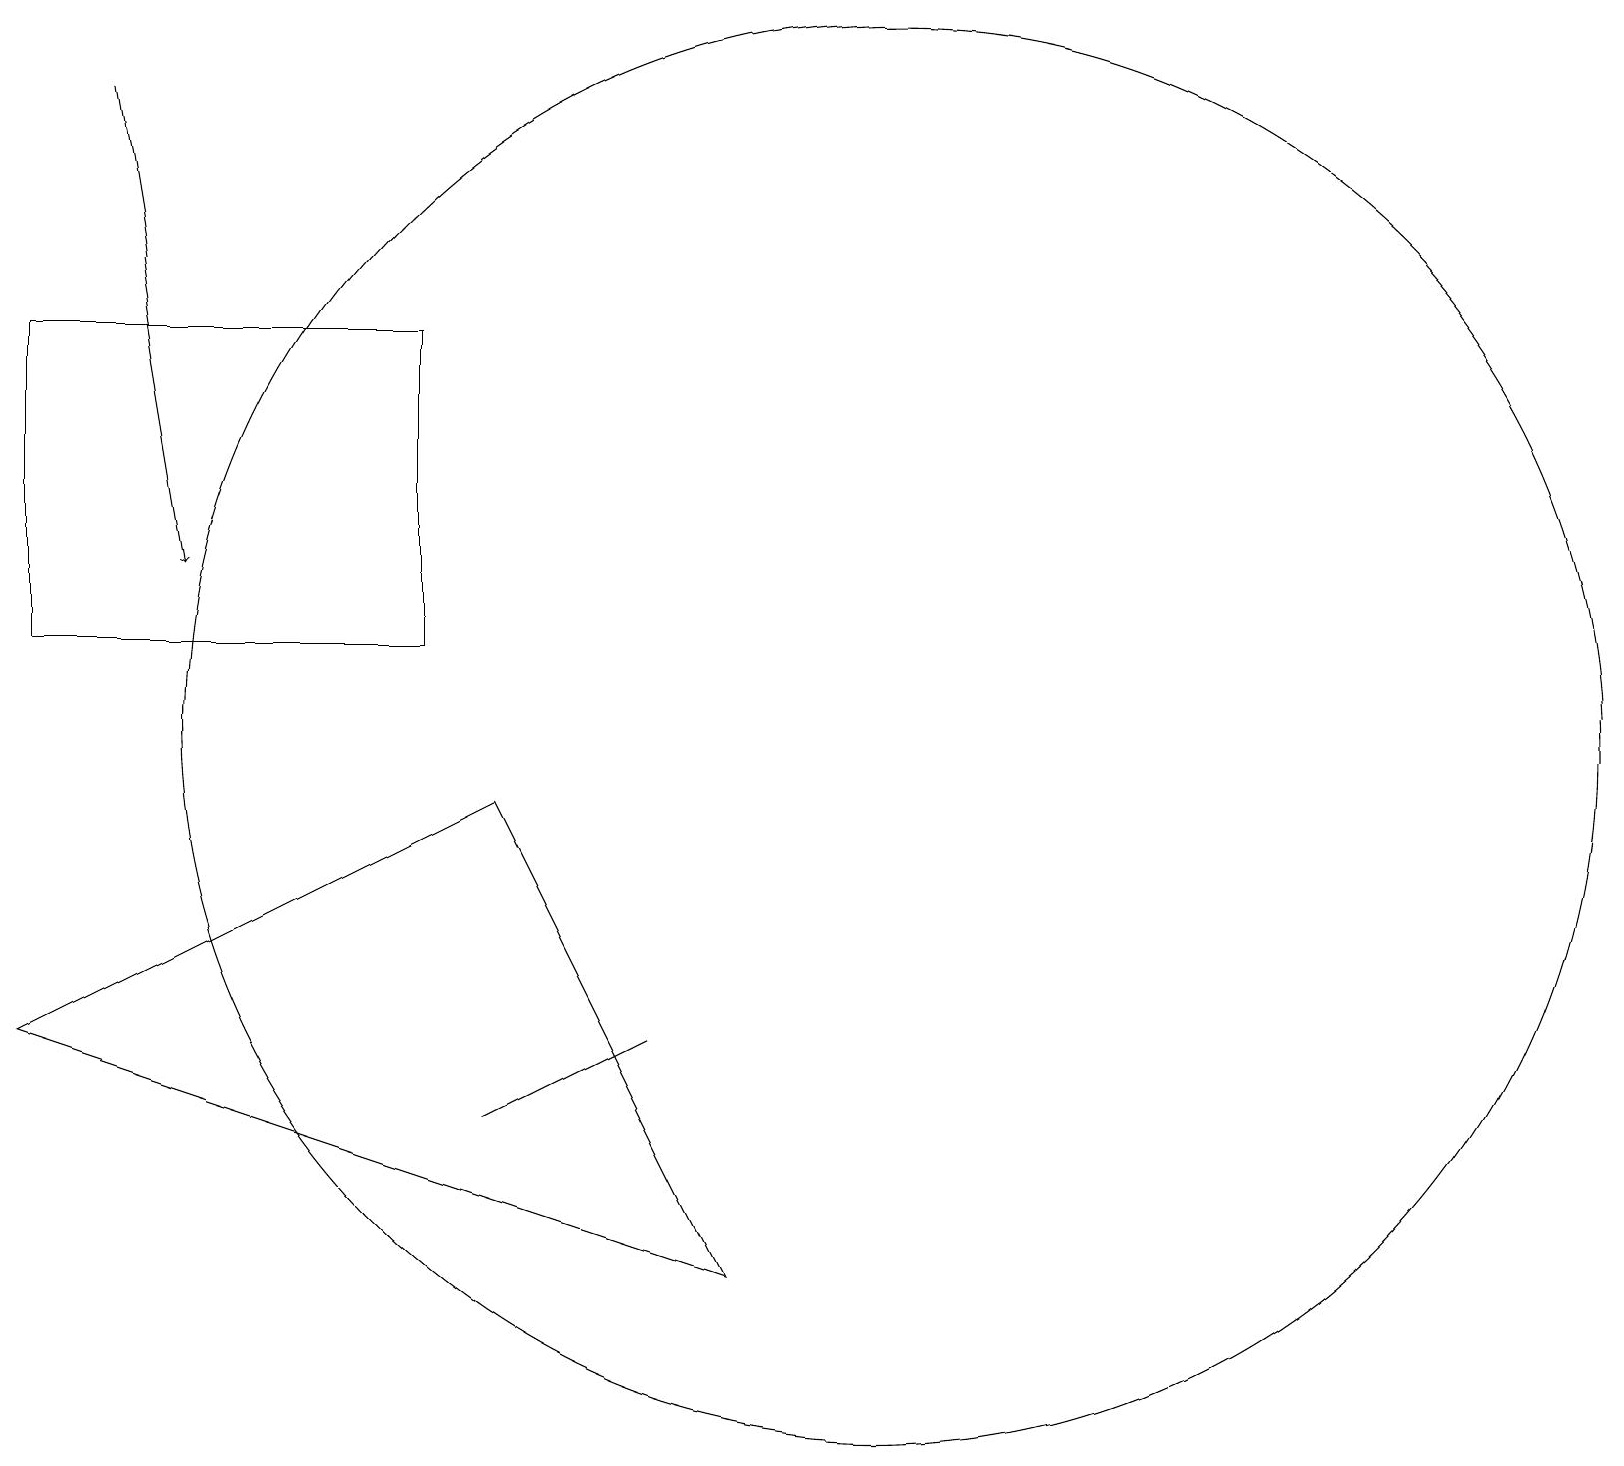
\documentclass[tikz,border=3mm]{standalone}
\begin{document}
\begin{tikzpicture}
\draw (5,15) rectangle (0,11);
\draw[->] (1,18) -- (2,12);
\draw (11,10) circle (9);
\draw (8,6) -- (6,5) -- (6,5) -- cycle;
\draw (0,6) -- (6,9) -- (9,3) -- cycle;
\draw (11,10) circle (0);
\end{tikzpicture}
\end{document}